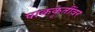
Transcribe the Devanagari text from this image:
पाककृतींवर